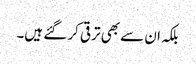
بلکہ ان سے بھی ترقی کر گئے ہیں۔